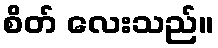
စိတ် လေးသည်။